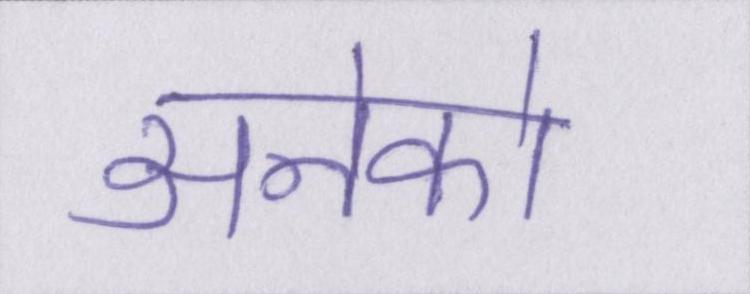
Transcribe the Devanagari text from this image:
अनेको